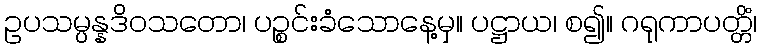
ဥပသမ္ပန္နဒိဝသတော၊ ပဉ္စင်းခံသောနေ့မှ။ ပဋ္ဌာယ၊ စ၍။ ဂရုကာပတ္တိံ၊